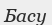
Басу